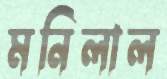
মনিলাল